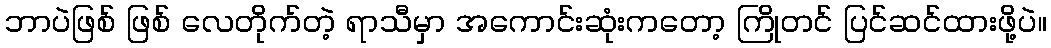
ဘာပဲဖြစ် ဖြစ် လေတိုက်တဲ့ ရာသီမှာ အကောင်းဆုံးကတော့ ကြိုတင် ပြင်ဆင်ထားဖို့ပဲ။